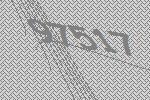
97517